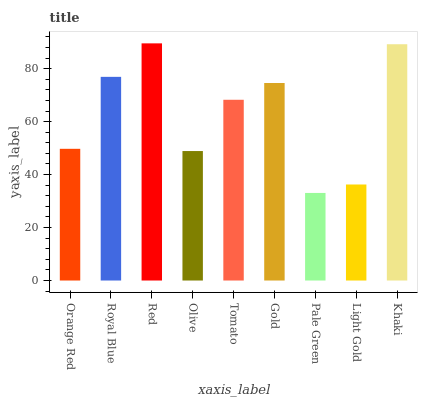
| xaxis_label | bars |
 | --- | --- |
 | Orange Red | 49.7 |
 | Royal Blue | 76.9 |
 | Red | 89.6 |
 | Olive | 48.9 |
 | Tomato | 68.3 |
 | Gold | 74.6 |
 | Pale Green | 33.1 |
 | Light Gold | 36.3 |
 | Khaki | 89.2 |